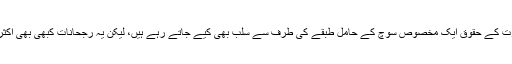
ہمارے معاشرے میں آج سے کچھ سال قبل تک عورت مارچ جیسی روایات نہیں تھیں(کوئی شک نہیں کہ عورت کے حقوق ایک مخصوص سوچ کے حامل طبقے کی طرف سے سلب بھی کیے جاتے رہے ہیں، لیکن یہ رجحانات کبھی بھی اکثریت میں نہیں آ سکے اور نہ ہی ان رجحانات میں کسی بھی صورت عورت کی تذلیل کا عنصر نمایا ں ہو پایا)۔